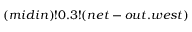
( m i d i n ) ! 0 . 3 ! ( n e t - o u t . w e s t )